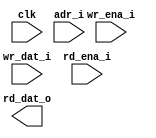
module ram_sp_be_192x64 (
  // global
  clk         ,
  // address
  adr_i       ,
  // write
  wr_ena_i    ,
  wr_dat_i    ,
  // read
  rd_ena_i    ,
  rd_dat_o
);

//*** PARAMETER ****************************************************************


//*** INPUT/OUTPUT *************************************************************

  // global
  input               clk         ;
  // address
  input  [8 -1 :0]    adr_i       ;
  // write
  input  [64-1 :0]    wr_ena_i    ;
  input  [64-1 :0]    wr_dat_i    ;
  // read
  input               rd_ena_i    ;
  output [64-1 :0]    rd_dat_o    ;


//*** WIRE/REG *****************************************************************


//*** MAIN BODY ****************************************************************

  wire  [64-1 :0]    wr_ena_w    ;
  assign wr_ena_w   = ~wr_ena_i  ;

`ifdef RTL_MODEL

  sram_sp_be_behave #(
    .ADR_WD    ( 8           ),
    .DAT_WD    ( 64          ),
    .COL_WD    ( 1           )
  ) sram_sp_be_behave(
    .clk       ( clk         ),
    .adr       ( adr_i       ),
    .wr_ena    ( wr_ena_i    ), // high active
    .wr_dat    ( wr_dat_i    ),
    .rd_ena    ( rd_ena_i    ),
    .rd_dat    ( rd_dat_o    )
    );

`endif

`ifdef XM_MODEL 
  rfsphsdm_192x64  u_rfsphsdm_192x64(
    .Q         ( rd_dat_o    ),
    .CLK       ( clk         ),
    .CEN       ( 1'b0        ),
    .GWEN      ( rd_ena_i    ),
    .WEN       ( wr_ena_w    ), // low active
    .A         ( adr_i       ),
    .D         ( wr_dat_i    ),
    .EMA       ( 3'b1        ),
    .EMAW      ( 2'b0        ),
    .EMAS      ( 1'b0        ),
    .RET1N     ( 1'b1        )
    );
`endif 

endmodule